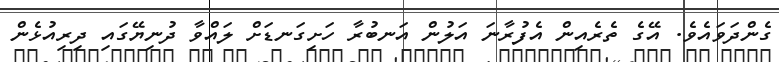
ގެންދަވައެވެ. އޭގެ ތެރެއިން އެފުރާނަ އަލުން އަނބުރާ ހަށިގަނޑަށް ލައްވާ ދުނިޔޭގައި ދިރިއުޅެން